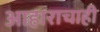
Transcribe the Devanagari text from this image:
आहाराचाही